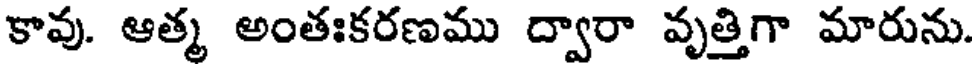
కావు. ఆత్మ అంతఃకరణము ద్వారా వృత్తిగా మారును.